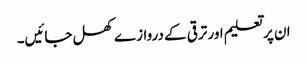
ان پر تعلیم اور ترقی کے دروازے کھل جائیں۔